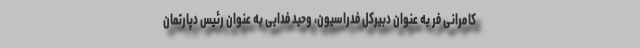
کامرانی فر به عنوان دبیرکل فدراسیون، وحید فدایی به عنوان رئیس دپارتمان